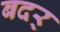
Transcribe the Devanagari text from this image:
बदर्